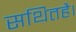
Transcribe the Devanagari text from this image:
सथितहै।